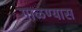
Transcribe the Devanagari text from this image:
गाळण्यास